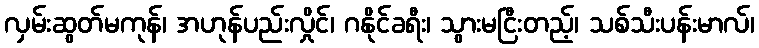
လှမ်းဆွတ်မကုန်၊ အဟုန်ပည်းလှိုင်၊ ဂနိုင်ခရီး၊ သွားမငြီးတည့်၊ သစ်သီးပန်းမာလ်၊